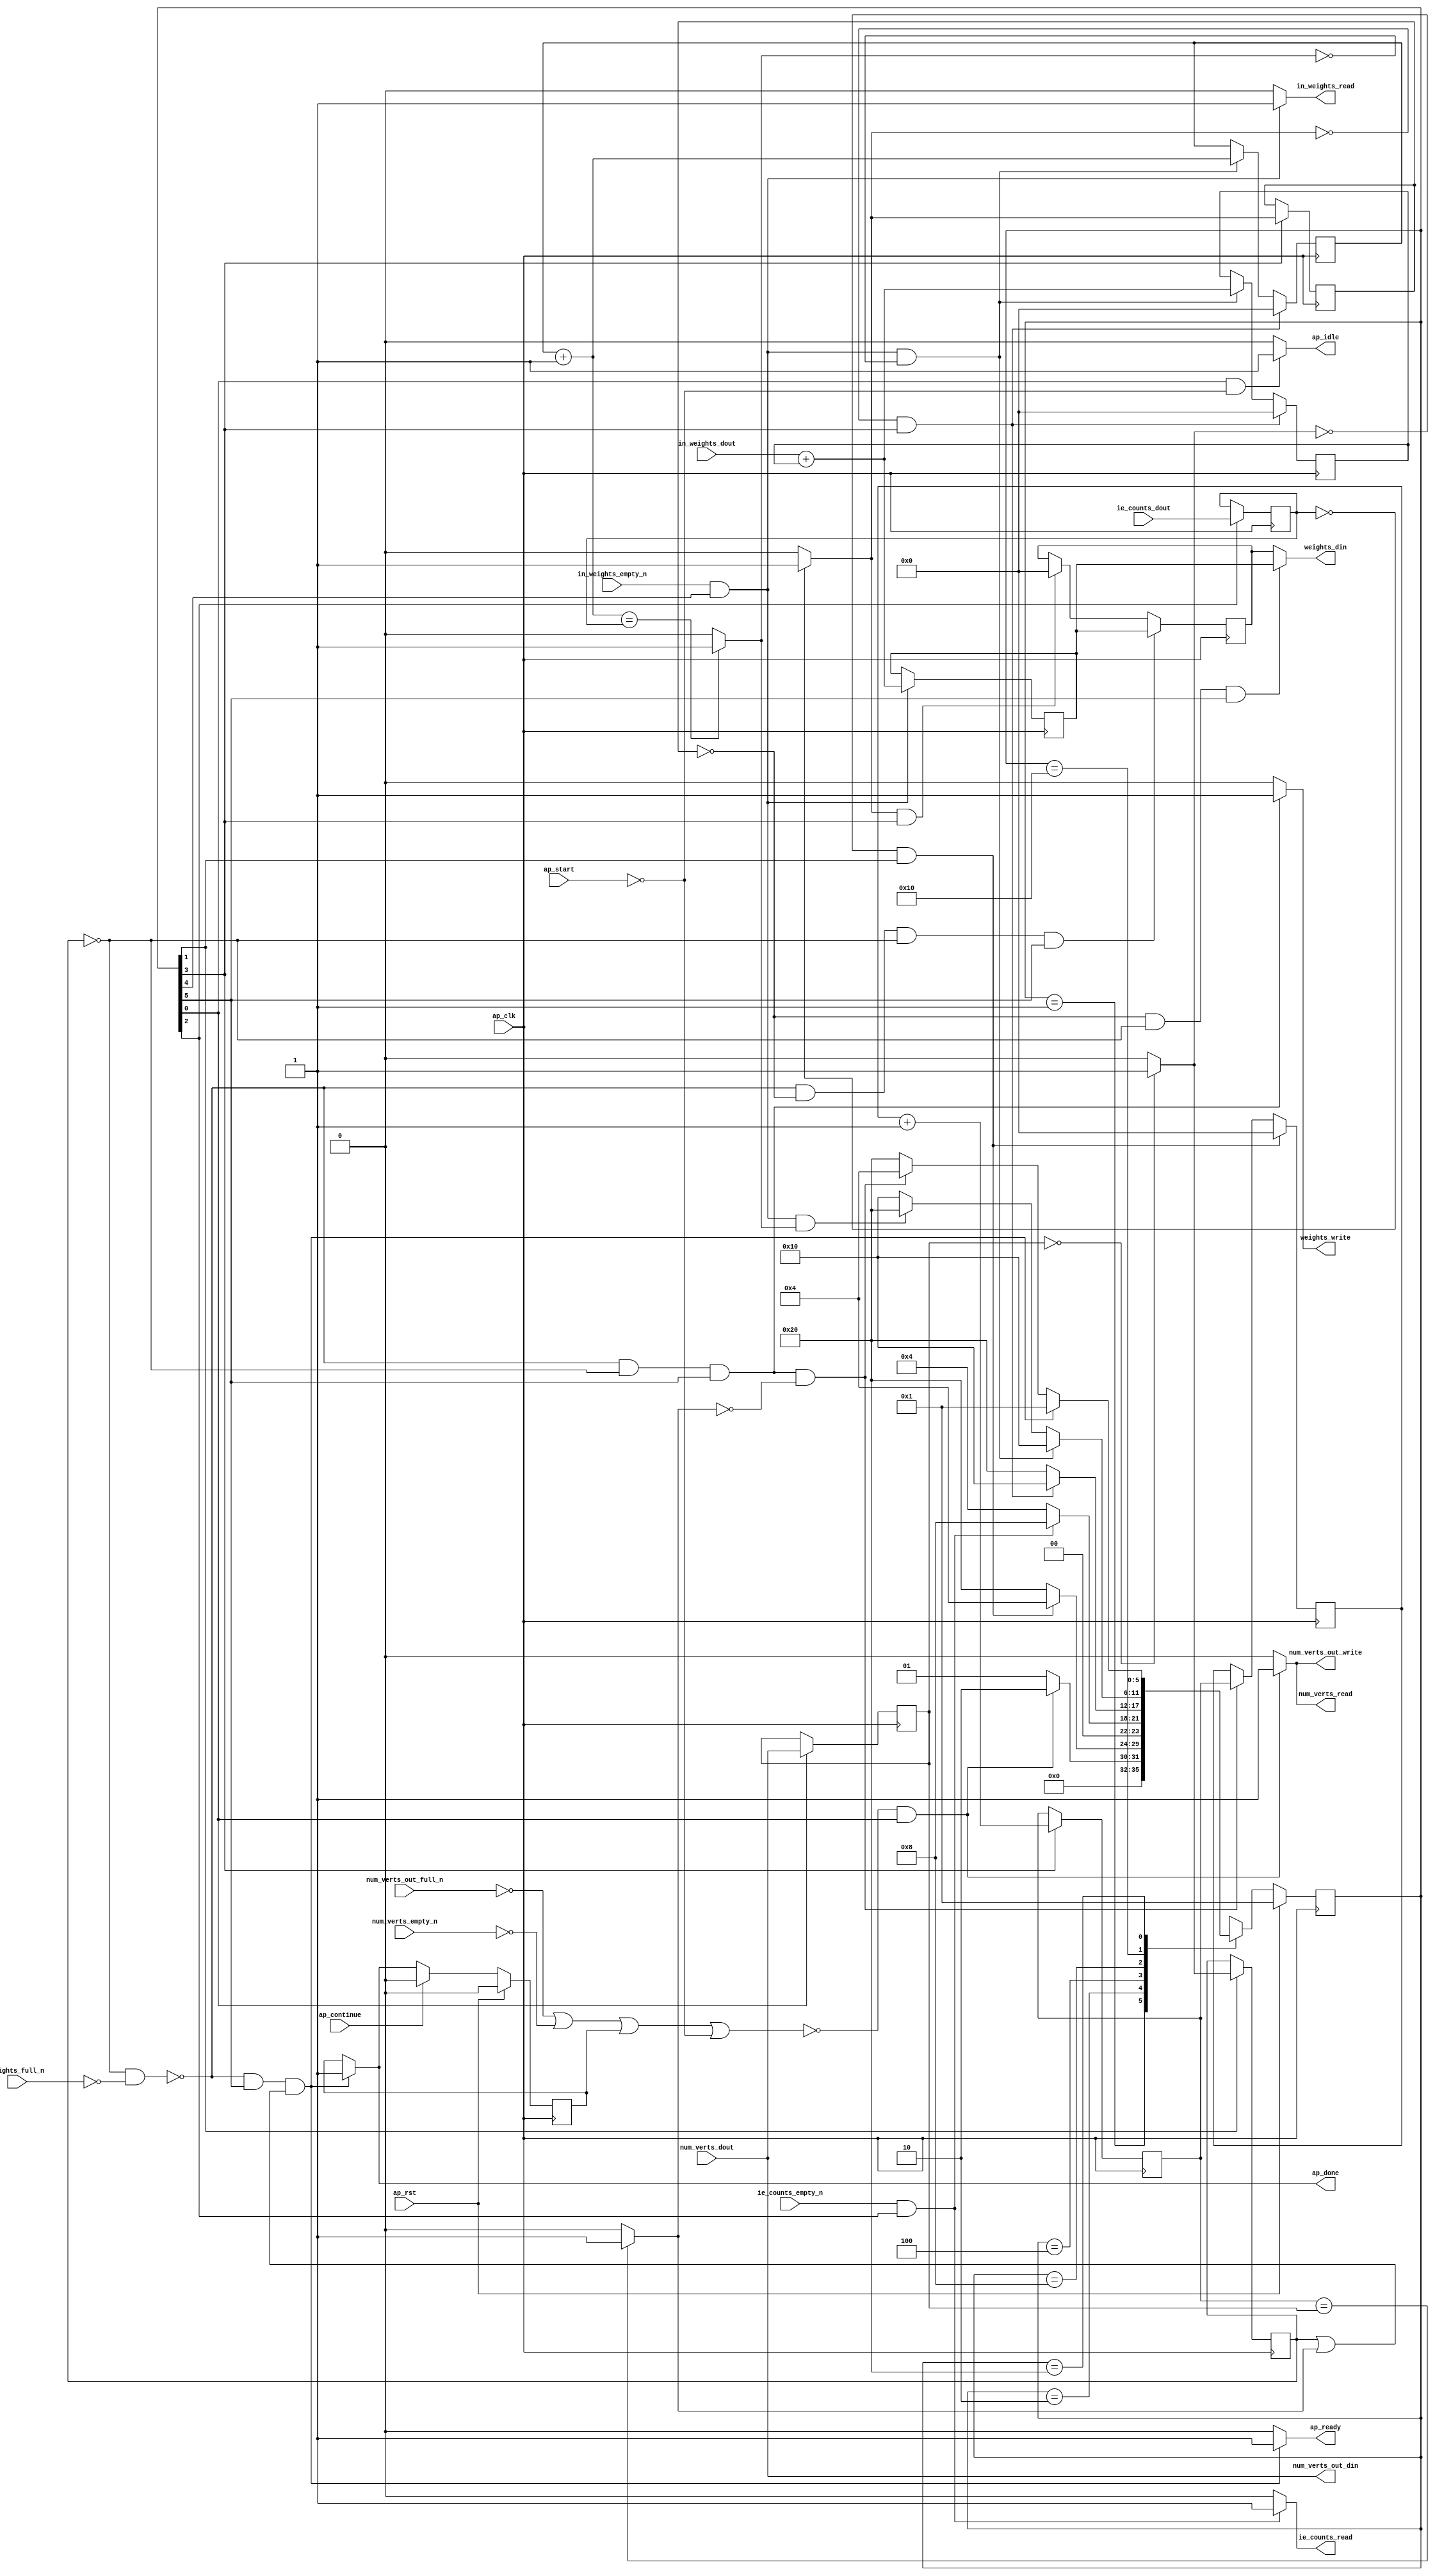
// ==============================================================
// RTL generated by Vitis HLS - High-Level Synthesis from C, C++ and OpenCL v2020.2 (64-bit)
// Version: 2020.2
// Copyright (C) Copyright 1986-2020 Xilinx, Inc. All Rights Reserved.
// 
// ===========================================================

`timescale 1 ns / 1 ps 

module pgrnk_sum_weights (
        ap_clk,
        ap_rst,
        ap_start,
        ap_done,
        ap_continue,
        ap_idle,
        ap_ready,
        ie_counts_dout,
        ie_counts_empty_n,
        ie_counts_read,
        in_weights_dout,
        in_weights_empty_n,
        in_weights_read,
        weights_din,
        weights_full_n,
        weights_write,
        num_verts_dout,
        num_verts_empty_n,
        num_verts_read,
        num_verts_out_din,
        num_verts_out_full_n,
        num_verts_out_write
);

parameter    ap_ST_fsm_state1 = 6'd1;
parameter    ap_ST_fsm_state2 = 6'd2;
parameter    ap_ST_fsm_state3 = 6'd4;
parameter    ap_ST_fsm_state4 = 6'd8;
parameter    ap_ST_fsm_state5 = 6'd16;
parameter    ap_ST_fsm_state6 = 6'd32;

input   ap_clk;
input   ap_rst;
input   ap_start;
output   ap_done;
input   ap_continue;
output   ap_idle;
output   ap_ready;
input  [63:0] ie_counts_dout;
input   ie_counts_empty_n;
output   ie_counts_read;
input  [63:0] in_weights_dout;
input   in_weights_empty_n;
output   in_weights_read;
output  [63:0] weights_din;
input   weights_full_n;
output   weights_write;
input  [63:0] num_verts_dout;
input   num_verts_empty_n;
output   num_verts_read;
output  [63:0] num_verts_out_din;
input   num_verts_out_full_n;
output   num_verts_out_write;

reg ap_done;
reg ap_idle;
reg ap_ready;
reg ie_counts_read;
reg in_weights_read;
reg weights_write;
reg num_verts_read;
reg num_verts_out_write;

reg    ap_done_reg;
(* fsm_encoding = "none" *) reg   [5:0] ap_CS_fsm;
wire    ap_CS_fsm_state1;
reg    ie_counts_blk_n;
wire    ap_CS_fsm_state3;
reg    in_weights_blk_n;
wire    ap_CS_fsm_state5;
reg    weights_blk_n;
wire    ap_CS_fsm_state6;
reg   [0:0] icmp_ln62_1_reg_177;
reg    num_verts_blk_n;
reg    num_verts_out_blk_n;
reg   [63:0] num_verts_read_reg_171;
wire   [0:0] icmp_ln62_1_fu_134_p2;
wire    ap_CS_fsm_state2;
reg   [63:0] tmp_reg_181;
wire   [63:0] i_fu_139_p2;
reg   [63:0] i_reg_187;
wire    ap_CS_fsm_state4;
wire   [0:0] icmp_ln67_1_fu_145_p2;
reg   [0:0] icmp_ln67_1_reg_193;
wire   [63:0] j_fu_150_p2;
wire   [63:0] sum_fu_156_p2;
reg   [63:0] sum_reg_202;
reg   [63:0] i6_reg_89;
reg    ap_block_state6;
wire   [0:0] icmp_ln62_fu_167_p2;
reg   [63:0] j4_reg_100;
wire   [0:0] icmp_ln67_fu_162_p2;
reg   [63:0] sum2_reg_111;
reg   [63:0] ap_phi_mux_sum3_phi_fu_126_p4;
reg   [63:0] sum3_reg_122;
reg    ap_block_state1;
reg   [5:0] ap_NS_fsm;
wire    ap_ce_reg;

// power-on initialization
initial begin
#0 ap_done_reg = 1'b0;
#0 ap_CS_fsm = 6'd1;
end

always @ (posedge ap_clk) begin
    if (ap_rst == 1'b1) begin
        ap_CS_fsm <= ap_ST_fsm_state1;
    end else begin
        ap_CS_fsm <= ap_NS_fsm;
    end
end

always @ (posedge ap_clk) begin
    if (ap_rst == 1'b1) begin
        ap_done_reg <= 1'b0;
    end else begin
        if ((ap_continue == 1'b1)) begin
            ap_done_reg <= 1'b0;
        end else if ((~((icmp_ln62_1_reg_177 == 1'd0) & (weights_full_n == 1'b0)) & (1'b1 == ap_CS_fsm_state6) & ((icmp_ln62_1_reg_177 == 1'd1) | (icmp_ln62_fu_167_p2 == 1'd1)))) begin
            ap_done_reg <= 1'b1;
        end
    end
end

always @ (posedge ap_clk) begin
    if (((icmp_ln62_1_fu_134_p2 == 1'd0) & (1'b1 == ap_CS_fsm_state2))) begin
        i6_reg_89 <= 64'd0;
    end else if ((~((icmp_ln62_1_reg_177 == 1'd0) & (weights_full_n == 1'b0)) & (icmp_ln62_1_reg_177 == 1'd0) & (1'b1 == ap_CS_fsm_state6) & (icmp_ln62_fu_167_p2 == 1'd0))) begin
        i6_reg_89 <= i_reg_187;
    end
end

always @ (posedge ap_clk) begin
    if (((icmp_ln67_1_fu_145_p2 == 1'd0) & (1'b1 == ap_CS_fsm_state4))) begin
        j4_reg_100 <= 64'd0;
    end else if (((in_weights_empty_n == 1'b1) & (1'b1 == ap_CS_fsm_state5) & (icmp_ln67_fu_162_p2 == 1'd0))) begin
        j4_reg_100 <= j_fu_150_p2;
    end
end

always @ (posedge ap_clk) begin
    if (((icmp_ln67_1_fu_145_p2 == 1'd0) & (1'b1 == ap_CS_fsm_state4))) begin
        sum2_reg_111 <= 64'd0;
    end else if (((in_weights_empty_n == 1'b1) & (1'b1 == ap_CS_fsm_state5) & (icmp_ln67_fu_162_p2 == 1'd0))) begin
        sum2_reg_111 <= sum_fu_156_p2;
    end
end

always @ (posedge ap_clk) begin
    if ((~((icmp_ln62_1_reg_177 == 1'd0) & (weights_full_n == 1'b0)) & (icmp_ln67_1_reg_193 == 1'd0) & (icmp_ln62_1_reg_177 == 1'd0) & (1'b1 == ap_CS_fsm_state6))) begin
        sum3_reg_122 <= sum_reg_202;
    end else if (((icmp_ln67_1_fu_145_p2 == 1'd1) & (1'b1 == ap_CS_fsm_state4))) begin
        sum3_reg_122 <= 64'd0;
    end
end

always @ (posedge ap_clk) begin
    if ((1'b1 == ap_CS_fsm_state4)) begin
        i_reg_187 <= i_fu_139_p2;
        icmp_ln67_1_reg_193 <= icmp_ln67_1_fu_145_p2;
    end
end

always @ (posedge ap_clk) begin
    if ((1'b1 == ap_CS_fsm_state2)) begin
        icmp_ln62_1_reg_177 <= icmp_ln62_1_fu_134_p2;
    end
end

always @ (posedge ap_clk) begin
    if ((1'b1 == ap_CS_fsm_state1)) begin
        num_verts_read_reg_171 <= num_verts_dout;
    end
end

always @ (posedge ap_clk) begin
    if (((in_weights_empty_n == 1'b1) & (1'b1 == ap_CS_fsm_state5))) begin
        sum_reg_202 <= sum_fu_156_p2;
    end
end

always @ (posedge ap_clk) begin
    if ((1'b1 == ap_CS_fsm_state3)) begin
        tmp_reg_181 <= ie_counts_dout;
    end
end

always @ (*) begin
    if ((~((icmp_ln62_1_reg_177 == 1'd0) & (weights_full_n == 1'b0)) & (1'b1 == ap_CS_fsm_state6) & ((icmp_ln62_1_reg_177 == 1'd1) | (icmp_ln62_fu_167_p2 == 1'd1)))) begin
        ap_done = 1'b1;
    end else begin
        ap_done = ap_done_reg;
    end
end

always @ (*) begin
    if (((1'b1 == ap_CS_fsm_state1) & (ap_start == 1'b0))) begin
        ap_idle = 1'b1;
    end else begin
        ap_idle = 1'b0;
    end
end

always @ (*) begin
    if (((icmp_ln67_1_reg_193 == 1'd0) & (icmp_ln62_1_reg_177 == 1'd0) & (1'b1 == ap_CS_fsm_state6))) begin
        ap_phi_mux_sum3_phi_fu_126_p4 = sum_reg_202;
    end else begin
        ap_phi_mux_sum3_phi_fu_126_p4 = sum3_reg_122;
    end
end

always @ (*) begin
    if ((~((icmp_ln62_1_reg_177 == 1'd0) & (weights_full_n == 1'b0)) & (1'b1 == ap_CS_fsm_state6) & ((icmp_ln62_1_reg_177 == 1'd1) | (icmp_ln62_fu_167_p2 == 1'd1)))) begin
        ap_ready = 1'b1;
    end else begin
        ap_ready = 1'b0;
    end
end

always @ (*) begin
    if ((1'b1 == ap_CS_fsm_state3)) begin
        ie_counts_blk_n = ie_counts_empty_n;
    end else begin
        ie_counts_blk_n = 1'b1;
    end
end

always @ (*) begin
    if (((ie_counts_empty_n == 1'b1) & (1'b1 == ap_CS_fsm_state3))) begin
        ie_counts_read = 1'b1;
    end else begin
        ie_counts_read = 1'b0;
    end
end

always @ (*) begin
    if ((1'b1 == ap_CS_fsm_state5)) begin
        in_weights_blk_n = in_weights_empty_n;
    end else begin
        in_weights_blk_n = 1'b1;
    end
end

always @ (*) begin
    if (((in_weights_empty_n == 1'b1) & (1'b1 == ap_CS_fsm_state5))) begin
        in_weights_read = 1'b1;
    end else begin
        in_weights_read = 1'b0;
    end
end

always @ (*) begin
    if ((~((ap_done_reg == 1'b1) | (ap_start == 1'b0)) & (1'b1 == ap_CS_fsm_state1))) begin
        num_verts_blk_n = num_verts_empty_n;
    end else begin
        num_verts_blk_n = 1'b1;
    end
end

always @ (*) begin
    if ((~((ap_done_reg == 1'b1) | (ap_start == 1'b0)) & (1'b1 == ap_CS_fsm_state1))) begin
        num_verts_out_blk_n = num_verts_out_full_n;
    end else begin
        num_verts_out_blk_n = 1'b1;
    end
end

always @ (*) begin
    if ((~((num_verts_out_full_n == 1'b0) | (num_verts_empty_n == 1'b0) | (ap_done_reg == 1'b1) | (ap_start == 1'b0)) & (1'b1 == ap_CS_fsm_state1))) begin
        num_verts_out_write = 1'b1;
    end else begin
        num_verts_out_write = 1'b0;
    end
end

always @ (*) begin
    if ((~((num_verts_out_full_n == 1'b0) | (num_verts_empty_n == 1'b0) | (ap_done_reg == 1'b1) | (ap_start == 1'b0)) & (1'b1 == ap_CS_fsm_state1))) begin
        num_verts_read = 1'b1;
    end else begin
        num_verts_read = 1'b0;
    end
end

always @ (*) begin
    if (((icmp_ln62_1_reg_177 == 1'd0) & (1'b1 == ap_CS_fsm_state6))) begin
        weights_blk_n = weights_full_n;
    end else begin
        weights_blk_n = 1'b1;
    end
end

always @ (*) begin
    if ((~((icmp_ln62_1_reg_177 == 1'd0) & (weights_full_n == 1'b0)) & (icmp_ln62_1_reg_177 == 1'd0) & (1'b1 == ap_CS_fsm_state6))) begin
        weights_write = 1'b1;
    end else begin
        weights_write = 1'b0;
    end
end

always @ (*) begin
    case (ap_CS_fsm)
        ap_ST_fsm_state1 : begin
            if ((~((num_verts_out_full_n == 1'b0) | (num_verts_empty_n == 1'b0) | (ap_done_reg == 1'b1) | (ap_start == 1'b0)) & (1'b1 == ap_CS_fsm_state1))) begin
                ap_NS_fsm = ap_ST_fsm_state2;
            end else begin
                ap_NS_fsm = ap_ST_fsm_state1;
            end
        end
        ap_ST_fsm_state2 : begin
            if (((icmp_ln62_1_fu_134_p2 == 1'd0) & (1'b1 == ap_CS_fsm_state2))) begin
                ap_NS_fsm = ap_ST_fsm_state3;
            end else begin
                ap_NS_fsm = ap_ST_fsm_state6;
            end
        end
        ap_ST_fsm_state3 : begin
            if (((ie_counts_empty_n == 1'b1) & (1'b1 == ap_CS_fsm_state3))) begin
                ap_NS_fsm = ap_ST_fsm_state4;
            end else begin
                ap_NS_fsm = ap_ST_fsm_state3;
            end
        end
        ap_ST_fsm_state4 : begin
            if (((icmp_ln67_1_fu_145_p2 == 1'd0) & (1'b1 == ap_CS_fsm_state4))) begin
                ap_NS_fsm = ap_ST_fsm_state5;
            end else begin
                ap_NS_fsm = ap_ST_fsm_state6;
            end
        end
        ap_ST_fsm_state5 : begin
            if (((in_weights_empty_n == 1'b1) & (1'b1 == ap_CS_fsm_state5) & (icmp_ln67_fu_162_p2 == 1'd0))) begin
                ap_NS_fsm = ap_ST_fsm_state5;
            end else if (((in_weights_empty_n == 1'b1) & (1'b1 == ap_CS_fsm_state5) & (icmp_ln67_fu_162_p2 == 1'd1))) begin
                ap_NS_fsm = ap_ST_fsm_state6;
            end else begin
                ap_NS_fsm = ap_ST_fsm_state5;
            end
        end
        ap_ST_fsm_state6 : begin
            if ((~((icmp_ln62_1_reg_177 == 1'd0) & (weights_full_n == 1'b0)) & (1'b1 == ap_CS_fsm_state6) & ((icmp_ln62_1_reg_177 == 1'd1) | (icmp_ln62_fu_167_p2 == 1'd1)))) begin
                ap_NS_fsm = ap_ST_fsm_state1;
            end else if ((~((icmp_ln62_1_reg_177 == 1'd0) & (weights_full_n == 1'b0)) & (icmp_ln62_1_reg_177 == 1'd0) & (1'b1 == ap_CS_fsm_state6) & (icmp_ln62_fu_167_p2 == 1'd0))) begin
                ap_NS_fsm = ap_ST_fsm_state3;
            end else begin
                ap_NS_fsm = ap_ST_fsm_state6;
            end
        end
        default : begin
            ap_NS_fsm = 'bx;
        end
    endcase
end

assign ap_CS_fsm_state1 = ap_CS_fsm[32'd0];

assign ap_CS_fsm_state2 = ap_CS_fsm[32'd1];

assign ap_CS_fsm_state3 = ap_CS_fsm[32'd2];

assign ap_CS_fsm_state4 = ap_CS_fsm[32'd3];

assign ap_CS_fsm_state5 = ap_CS_fsm[32'd4];

assign ap_CS_fsm_state6 = ap_CS_fsm[32'd5];

always @ (*) begin
    ap_block_state1 = ((num_verts_out_full_n == 1'b0) | (num_verts_empty_n == 1'b0) | (ap_done_reg == 1'b1) | (ap_start == 1'b0));
end

always @ (*) begin
    ap_block_state6 = ((icmp_ln62_1_reg_177 == 1'd0) & (weights_full_n == 1'b0));
end

assign i_fu_139_p2 = (i6_reg_89 + 64'd1);

assign icmp_ln62_1_fu_134_p2 = ((num_verts_read_reg_171 == 64'd0) ? 1'b1 : 1'b0);

assign icmp_ln62_fu_167_p2 = ((i_reg_187 == num_verts_read_reg_171) ? 1'b1 : 1'b0);

assign icmp_ln67_1_fu_145_p2 = ((tmp_reg_181 == 64'd0) ? 1'b1 : 1'b0);

assign icmp_ln67_fu_162_p2 = ((j_fu_150_p2 == tmp_reg_181) ? 1'b1 : 1'b0);

assign j_fu_150_p2 = (j4_reg_100 + 64'd1);

assign num_verts_out_din = num_verts_dout;

assign sum_fu_156_p2 = (in_weights_dout + sum2_reg_111);

assign weights_din = ap_phi_mux_sum3_phi_fu_126_p4;

endmodule //pgrnk_sum_weights